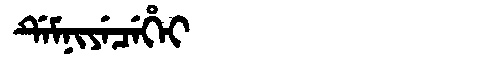
Manchu: ᡩᡝᠮᠨᡳᠶᡝᠴᡝᡥᡝᡳ
Romanization: DEMNIYECEHEI